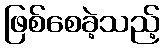
ဖြစ်စေခဲ့သည့်